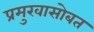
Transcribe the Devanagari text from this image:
प्रमुखासोबत